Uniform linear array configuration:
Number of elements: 48
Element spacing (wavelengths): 0.75
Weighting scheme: exponential
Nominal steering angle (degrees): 30
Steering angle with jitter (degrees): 31.467
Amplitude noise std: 0.05
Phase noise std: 0.05

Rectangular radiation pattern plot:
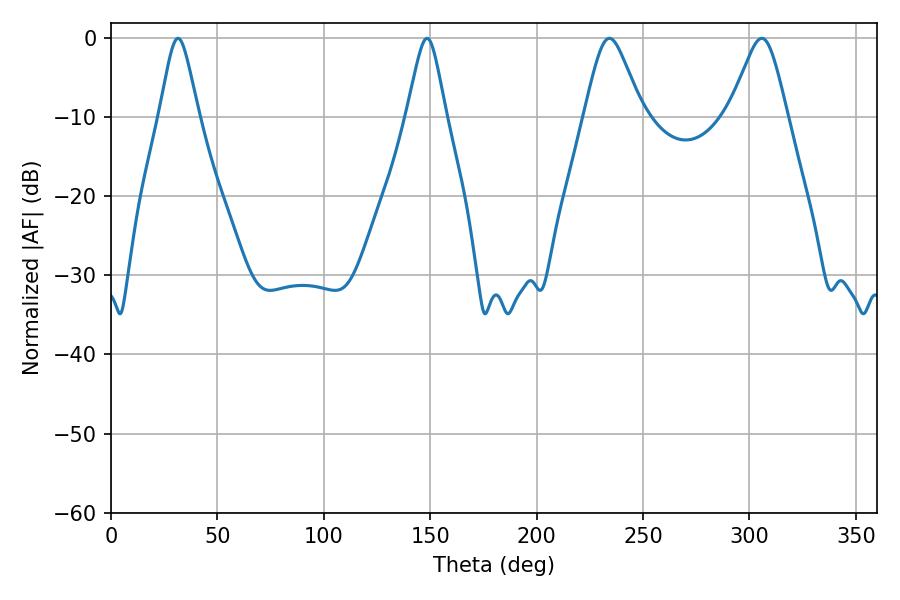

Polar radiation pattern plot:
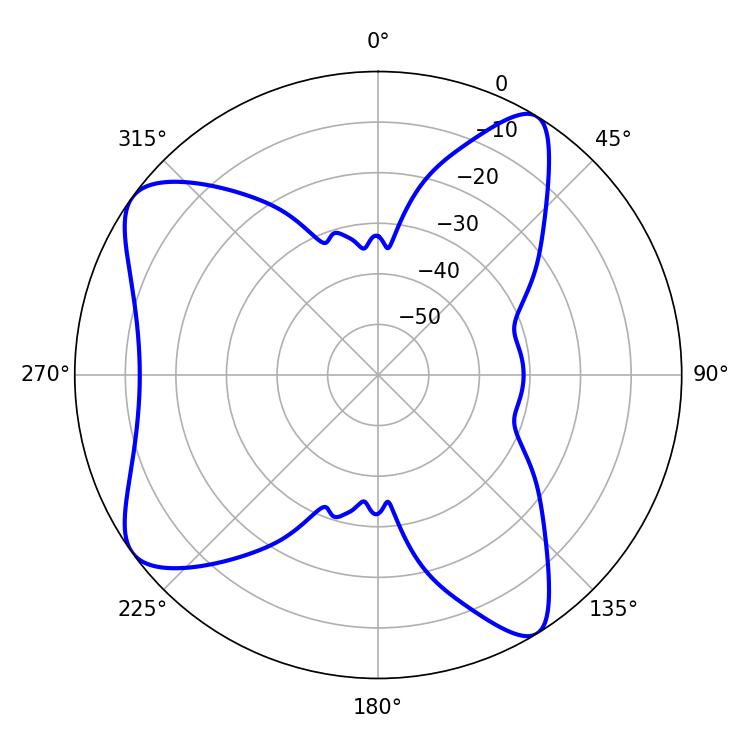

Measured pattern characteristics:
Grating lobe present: TRUE
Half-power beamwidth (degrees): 13.32
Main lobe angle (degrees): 234.18